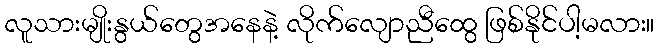
လူသားမျိုးနွယ်တွေအနေနဲ့ လိုက်လျောညီထွေ ဖြစ်နိုင်ပါ့မလား။